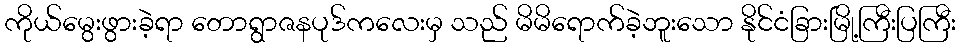
ကိုယ်မွေးဖွားခဲ့ရာ တောရွာဇနပုဒ်ကလေးမှ သည် မိမိရောက်ခဲ့ဘူးသော နိုင်ငံခြားမြို့ကြီးပြကြီး